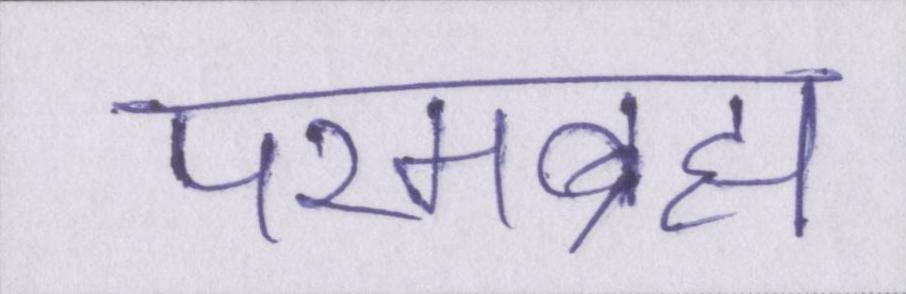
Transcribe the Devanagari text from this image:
परमब्रह्म